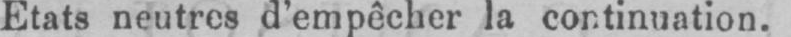
Etats neutres d’empêcher la continuation.